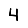
Digit: 4